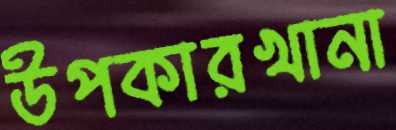
উপকারখানা